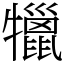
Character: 犣